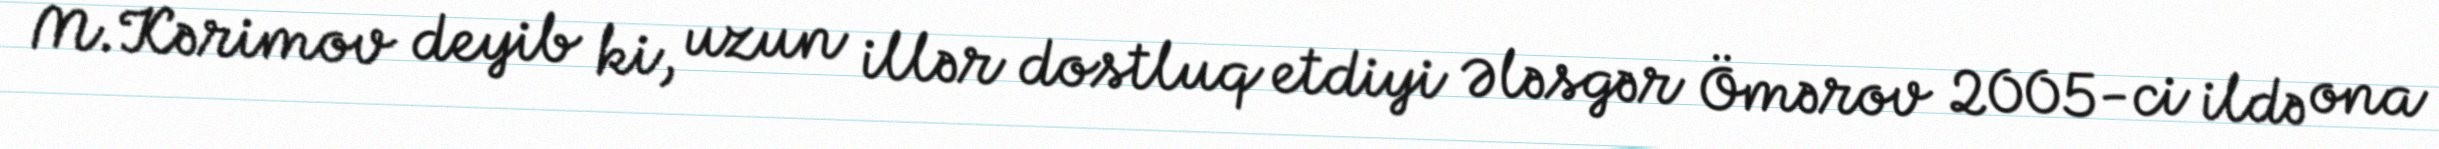
M.Kərimov deyib ki, uzun illər dostluq etdiyi Ələsgər Ömərov 2005-ci ildə ona